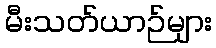
မီးသတ်ယာဉ်များ